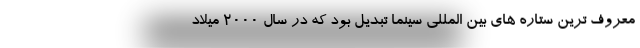
معروف ترین ستاره های بین المللی سینما تبدیل بود که در سال ۲۰۰۰ میلاد